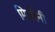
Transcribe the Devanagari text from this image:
मिळोनी